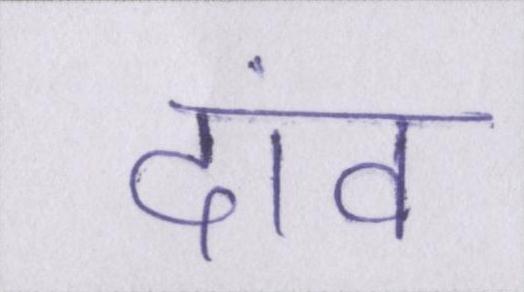
दांव